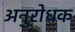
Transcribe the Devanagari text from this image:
अनुरोधक